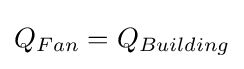
Q_{Fan}=Q_{Building}\,\!